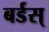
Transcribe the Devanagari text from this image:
बर्डस्